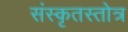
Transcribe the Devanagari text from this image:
संस्कृतस्तोत्र